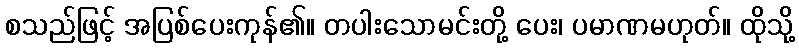
စသည်ဖြင့် အပြစ်ပေးကုန်၏။ တပါးသောမင်းတို့ ပေး၊ ပမာဏမဟုတ်။ ထိုသို့